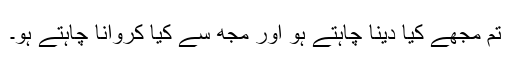
تم مجھے کیا دینا چاہتے ہو اور مجھ سے کیا کروانا چاہتے ہو۔